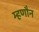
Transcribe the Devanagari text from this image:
म्हणौन